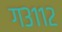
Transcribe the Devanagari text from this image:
ग३११२